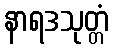
နာရဒသုတ္တံ